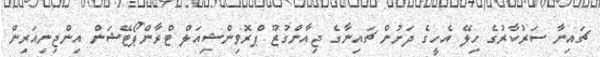
ޗައިނާ ސަރުކާރުގެ ހިލޭ އެހީގެ ދަށުން ޗައިނާގެ ޖިއާންގުޒޫ ޕްރޮވިންޝިއަލް ޓްރާންޕޯޓޭޝަން އިންޖިނިއަރިން